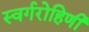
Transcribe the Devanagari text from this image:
स्वर्गरोहिणी